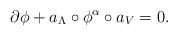
LaTeX: \begin{align*}\partial \phi + a_\Lambda \circ \phi^\alpha\circ a_V=0.\end{align*}